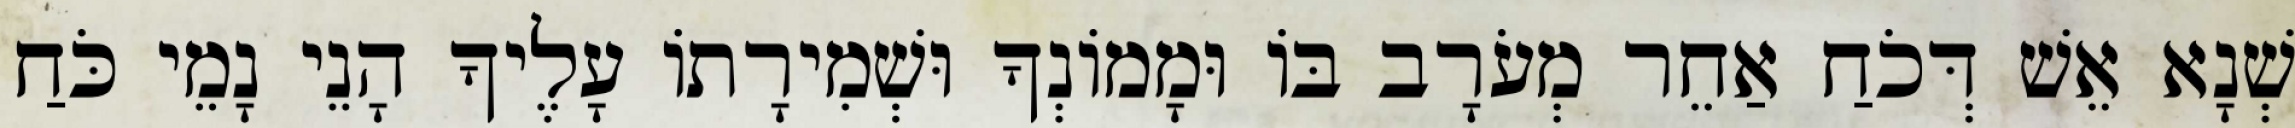
שְׁנָא אֵשׁ דְּכֹחַ אַחֵר מְעֹרָב בּוֹ וּמָמוֹנְךָ וּשְׁמִירָתוֹ עָלֶיךָ הָנֵי נָמֵי כֹּחַ